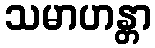
သမာဟန္တာ